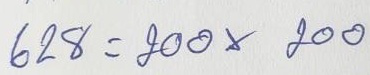
628 = 200 x 200